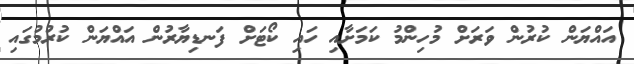
އައްޔަން ކުރުން ވަރަށް މުހިންމު ކަމަށާއި ހައި ކޯޓަށް ފަނޑިޔާރުން އައްޔަން ކުރުމުގައި